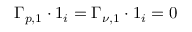
\boldsymbol { \Gamma } _ { p , { 1 } } \boldsymbol { \cdot } \boldsymbol { 1 } _ { i } = \boldsymbol { \Gamma } _ { \nu , { 1 } } \boldsymbol { \cdot } \boldsymbol { 1 } _ { i } = 0